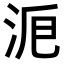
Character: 𣴋